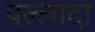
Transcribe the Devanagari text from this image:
पल्लादा